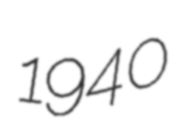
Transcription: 1940